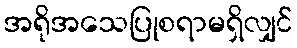
အရိုအသေပြုစရာမရှိလျှင်